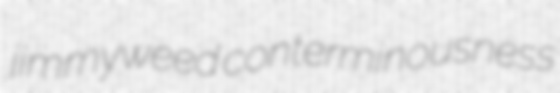
jimmyweed conterminousness